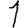
Digit: 1